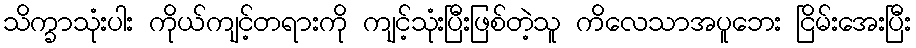
သိက္ခာသုံးပါး ကိုယ်ကျင့်တရားကို ကျင့်သုံးပြီးဖြစ်တဲ့သူ ကိလေသာအပူဘေး ငြိမ်းအေးပြီး